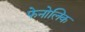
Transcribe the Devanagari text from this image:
फेनोलिक